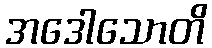
အဒေါသောတိ